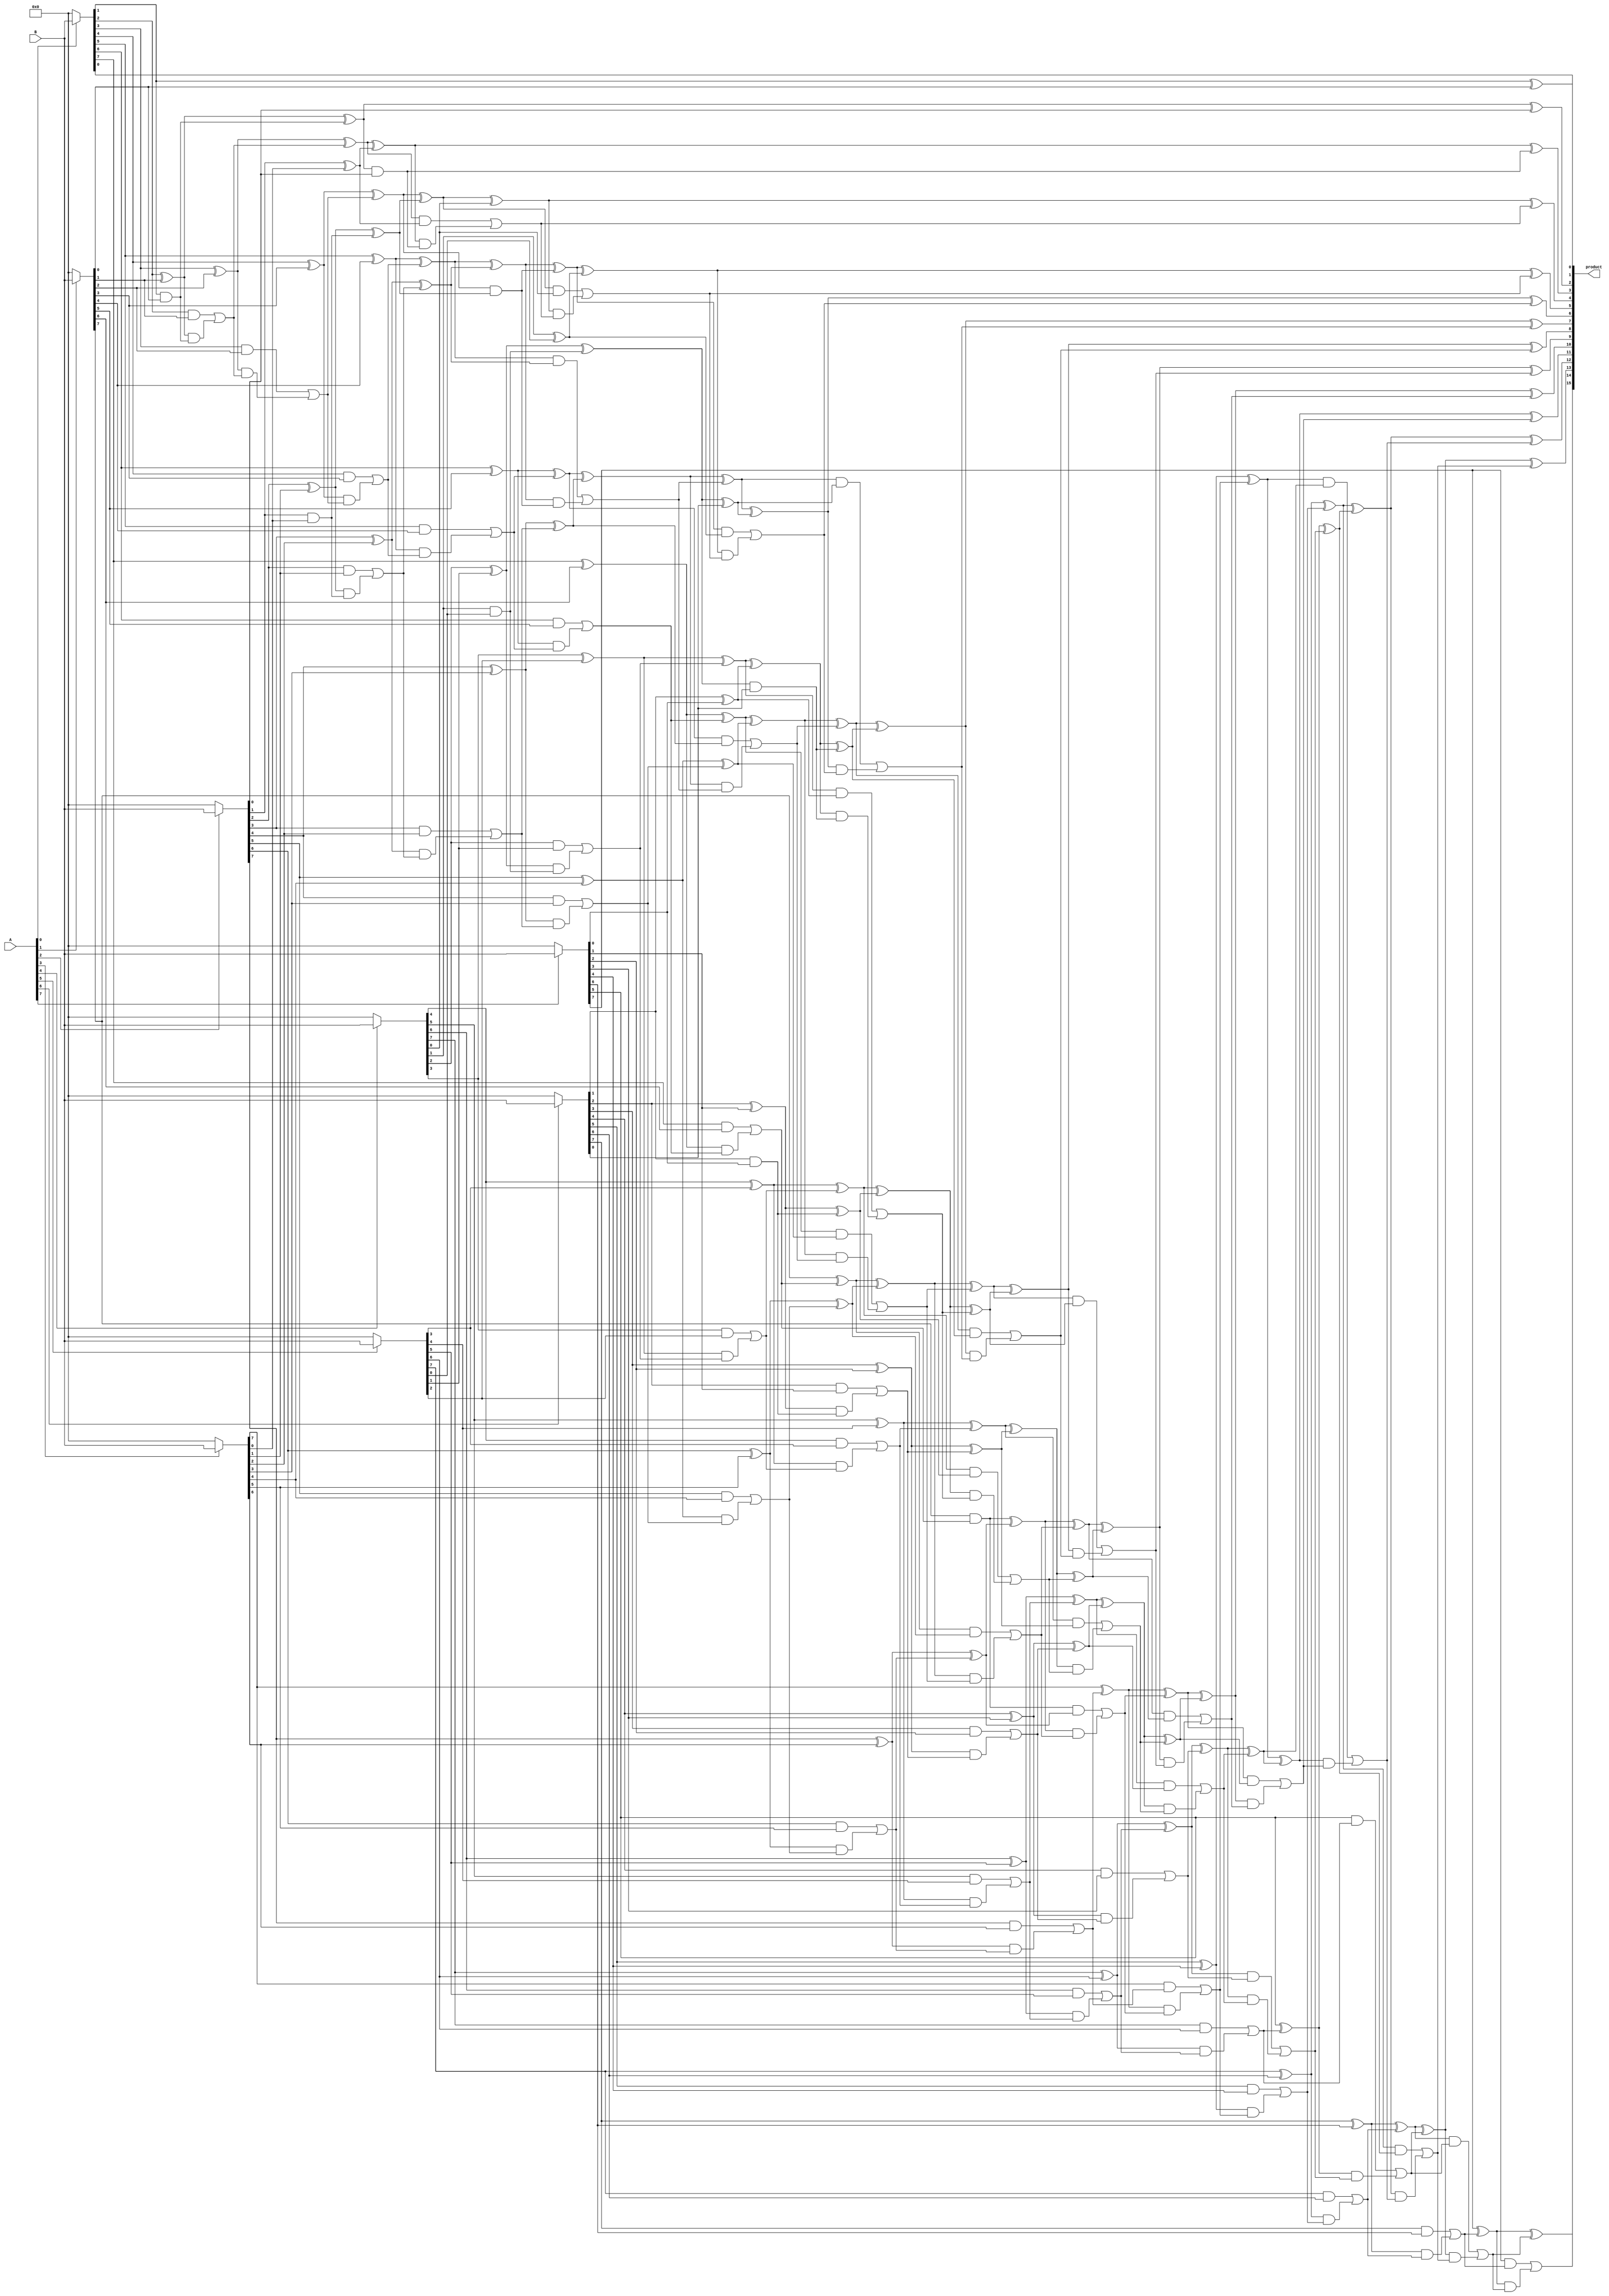
module russian_peasant_modified_unsigned_multiplier_8(product, A, B);
    /* This implementation uses carry look-ahead adders of variable lengths
     * that are 12-13 bits long, even for final stage. 
     * Area: 1069.065369
     * Power: 0.4808
     * Timing: 1.27 */

    input [7:0] A, B;
    output [15:0] product;

    wire [15:0] product;

    wire [7:0] pp0, pp1, pp2, pp3, pp4, pp5, pp6, pp7;
    assign pp0 = A[0] ? B : 8'b00000000;
    assign pp1 = A[1] ? B : 8'b00000000;
    assign pp2 = A[2] ? B : 8'b00000000;
    assign pp3 = A[3] ? B : 8'b00000000;
    assign pp4 = A[4] ? B : 8'b00000000;
    assign pp5 = A[5] ? B : 8'b00000000;
    assign pp6 = A[6] ? B : 8'b00000000;
    assign pp7 = A[7] ? B : 8'b00000000;

    assign product[0] = pp0[0];

    /* 1st CLA */
    wire [7:0] G1, P1, C1;
    assign G1[0] = pp0[1] & pp1[0];
    assign G1[1] = pp0[2] & pp1[1];
    assign G1[2] = pp0[3] & pp1[2];
    assign G1[3] = pp0[4] & pp1[3];
    assign G1[4] = pp0[5] & pp1[4];
    assign G1[5] = pp0[6] & pp1[5];
    assign G1[6] = pp0[7] & pp1[6];
    assign G1[7] = 0      & pp1[7];
    assign P1[0] = pp0[1] ^ pp1[0];
    assign P1[1] = pp0[2] ^ pp1[1];
    assign P1[2] = pp0[3] ^ pp1[2];
    assign P1[3] = pp0[4] ^ pp1[3];
    assign P1[4] = pp0[5] ^ pp1[4];
    assign P1[5] = pp0[6] ^ pp1[5];
    assign P1[6] = pp0[7] ^ pp1[6];
    assign P1[7] = 0      ^ pp1[7];
    assign C1[0] = 0;
    assign C1[1] = G1[0] | (P1[0] & C1[0]);
    assign C1[2] = G1[1] | (P1[1] & C1[1]);
    assign C1[3] = G1[2] | (P1[2] & C1[2]);
    assign C1[4] = G1[3] | (P1[3] & C1[3]);
    assign C1[5] = G1[4] | (P1[4] & C1[4]);
    assign C1[6] = G1[5] | (P1[5] & C1[5]);
    assign C1[7] = G1[6] | (P1[6] & C1[6]);
    assign c1    = G1[7] | (P1[7] & C1[7]);
    assign s11  = P1[0];
    assign s12  = P1[1] ^ C1[1];
    assign s13  = P1[2] ^ C1[2];
    assign s14  = P1[3] ^ C1[3];
    assign s15  = P1[4] ^ C1[4];
    assign s16  = P1[5] ^ C1[5];
    assign s17  = P1[6] ^ C1[6];
    assign s18  = P1[7] ^ C1[7];

    assign product[1] = s11;
    
    /* 2nd CLA */
    wire [6:0] G2, P2, C2;
    assign G2[0] = pp2[1] & pp3[0];
    assign G2[1] = pp2[2] & pp3[1];
    assign G2[2] = pp2[3] & pp3[2];
    assign G2[3] = pp2[4] & pp3[3];
    assign G2[4] = pp2[5] & pp3[4];
    assign G2[5] = pp2[6] & pp3[5];
    assign G2[6] = pp2[7] & pp3[6];
    assign P2[0] = pp2[1] ^ pp3[0];
    assign P2[1] = pp2[2] ^ pp3[1];
    assign P2[2] = pp2[3] ^ pp3[2];
    assign P2[3] = pp2[4] ^ pp3[3];
    assign P2[4] = pp2[5] ^ pp3[4];
    assign P2[5] = pp2[6] ^ pp3[5];
    assign P2[6] = pp2[7] ^ pp3[6];
    assign C2[0] = 0;
    assign C2[1] = G2[0] | (P2[0] & C2[0]);
    assign C2[2] = G2[1] | (P2[1] & C2[1]);
    assign C2[3] = G2[2] | (P2[2] & C2[2]);
    assign C2[4] = G2[3] | (P2[3] & C2[3]);
    assign C2[5] = G2[4] | (P2[4] & C2[4]);
    assign C2[6] = G2[5] | (P2[5] & C2[5]);
    assign c2    = G2[6] | (P2[6] & C2[6]);
    assign s21   = P2[0];
    assign s22   = P2[1] ^ C2[1];
    assign s23   = P2[2] ^ C2[2];
    assign s24   = P2[3] ^ C2[3];
    assign s25   = P2[4] ^ C2[4];
    assign s26   = P2[5] ^ C2[5];
    assign s27   = P2[6] ^ C2[6];

    /* 3rd CLA */
    wire [6:0] G3, P3, C3;
    assign G3[0] = pp4[1] & pp5[0];
    assign G3[1] = pp4[2] & pp5[1];
    assign G3[2] = pp4[3] & pp5[2];
    assign G3[3] = pp4[4] & pp5[3];
    assign G3[4] = pp4[5] & pp5[4];
    assign G3[5] = pp4[6] & pp5[5];
    assign G3[6] = pp4[7] & pp5[6];
    assign P3[0] = pp4[1] ^ pp5[0];
    assign P3[1] = pp4[2] ^ pp5[1];
    assign P3[2] = pp4[3] ^ pp5[2];
    assign P3[3] = pp4[4] ^ pp5[3];
    assign P3[4] = pp4[5] ^ pp5[4];
    assign P3[5] = pp4[6] ^ pp5[5];
    assign P3[6] = pp4[7] ^ pp5[6];
    assign C3[0] = 0;
    assign C3[1] = G3[0] | (P3[0] & C3[0]);
    assign C3[2] = G3[1] | (P3[1] & C3[1]);
    assign C3[3] = G3[2] | (P3[2] & C3[2]);
    assign C3[4] = G3[3] | (P3[3] & C3[3]);
    assign C3[5] = G3[4] | (P3[4] & C3[4]);
    assign C3[6] = G3[5] | (P3[5] & C3[5]);
    assign c3    = G3[6] | (P3[6] & C3[6]);
    assign s31   = P3[0];
    assign s32   = P3[1] ^ C3[1];
    assign s33   = P3[2] ^ C3[2];
    assign s34   = P3[3] ^ C3[3];
    assign s35   = P3[4] ^ C3[4];
    assign s36   = P3[5] ^ C3[5];
    assign s37   = P3[6] ^ C3[6];

    /* 4th CLA */
    wire [3:0] G4, P4, C4;
    assign G4[0] = pp6[1] & pp7[0];
    assign G4[1] = pp6[2] & pp7[1];
    assign G4[2] = pp6[3] & pp7[2];
    assign G4[3] = pp6[4] & pp7[3];
    assign P4[0] = pp6[1] ^ pp7[0];
    assign P4[1] = pp6[2] ^ pp7[1];
    assign P4[2] = pp6[3] ^ pp7[2];
    assign P4[3] = pp6[4] ^ pp7[3];
    assign C4[0] = 0;
    assign C4[1] = G4[0] | (P4[0] & C4[0]);
    assign C4[2] = G4[1] | (P4[1] & C4[1]);
    assign C4[3] = G4[2] | (P4[2] & C4[2]);
    assign c4    = G4[3] | (P4[3] & C4[3]);
    assign s41   = P4[0];
    assign s42   = P4[1] ^ C4[1];
    assign s43   = P4[2] ^ C4[2];
    assign s44   = P4[3] ^ C4[3];

    /* 5th CLA */
    wire [9:0] G5, P5, C5;
    assign G5[0] = s14    & s22;
    assign G5[1] = s15    & s23;
    assign G5[2] = s16    & s24;
    assign G5[3] = s17    & s25;
    assign G5[4] = s18    & s26;
    assign G5[5] = c1     & s27;
    assign G5[6] = pp3[7] & c2;
    assign G5[7] = pp6[5] & pp7[4];
    assign G5[8] = pp5[7] & pp6[6];
    assign G5[9] = pp6[7] & pp7[6];
    assign P5[0] = s14    ^ s22;
    assign P5[1] = s15    ^ s23;
    assign P5[2] = s16    ^ s24;
    assign P5[3] = s17    ^ s25;
    assign P5[4] = s18    ^ s26;
    assign P5[5] = c1     ^ s27;
    assign P5[6] = pp3[7] ^ c2;
    assign P5[7] = pp6[5] ^ pp7[4];
    assign P5[8] = pp5[7] ^ pp6[6];
    assign P5[9] = pp6[7] ^ pp7[6];
    assign C5[0] = 0;
    assign C5[1] = G5[0] | (P5[0] & C5[0]);
    assign C5[2] = G5[1] | (P5[1] & C5[1]);
    assign C5[3] = G5[2] | (P5[2] & C5[2]);
    assign C5[4] = G5[3] | (P5[3] & C5[3]);
    assign C5[5] = G5[4] | (P5[4] & C5[4]);
    assign C5[6] = G5[5] | (P5[5] & C5[5]);
    assign C5[7] = G5[6] | (P5[6] & C5[6]);
    assign C5[8] = G5[7] | (P5[7] & C5[7]);
    assign C5[9] = G5[8] | (P5[8] & C5[8]);
    assign c5    = G5[9] | (P5[9] & C5[9]);
    assign s51   = P5[0];
    assign s52   = P5[1] ^ C5[1];
    assign s53   = P5[2] ^ C5[2];
    assign s54   = P5[3] ^ C5[3];
    assign s55   = P5[4] ^ C5[4];
    assign s56   = P5[5] ^ C5[5];
    assign s57   = P5[6] ^ C5[6];
    assign s58   = P5[7] ^ C5[7];
    assign s59   = P5[8] ^ C5[8];
    assign s510  = P5[9] ^ C5[9];

    /* 6th CLA */
    wire [6:0] G6, P6, C6;
    assign G6[0] = s32    & pp6[0];
    assign G6[1] = s33    & s41;
    assign G6[2] = s34    & s42;
    assign G6[3] = s35    & s43;
    assign G6[4] = s36    & s44;
    assign G6[5] = s37    & c4;
    assign G6[6] = pp7[5] & c3;
    assign P6[0] = s32    ^ pp6[0];
    assign P6[1] = s33    ^ s41;
    assign P6[2] = s34    ^ s42;
    assign P6[3] = s35    ^ s43;
    assign P6[4] = s36    ^ s44;
    assign P6[5] = s37    ^ c4;
    assign P6[6] = pp7[5] ^ c3;
    assign C6[0] = 0;
    assign C6[1] = G6[0] | (P6[0] & C6[0]);
    assign C6[2] = G6[1] | (P6[1] & C6[1]);
    assign C6[3] = G6[2] | (P6[2] & C6[2]);
    assign C6[4] = G6[3] | (P6[3] & C6[3]);
    assign C6[5] = G6[4] | (P6[4] & C6[4]);
    assign C6[6] = G6[5] | (P6[5] & C6[5]);
    assign c6    = G6[6] | (P6[6] & C6[6]);
    assign s61   = P6[0];
    assign s62   = P6[1] ^ C6[1];
    assign s63   = P6[2] ^ C6[2];
    assign s64   = P6[3] ^ C6[3];
    assign s65   = P6[4] ^ C6[4];
    assign s66   = P6[5] ^ C6[5];
    assign s67   = P6[6] ^ C6[6];

    /* Final CLA */
    wire [12:0] G, P, C;
    assign G[0]  = s12    & pp2[0];
    assign G[1]  = s13    & s21;
    assign G[2]  = s51    & pp4[0];
    assign G[3]  = s52    & s31;
    assign G[4]  = s53    & s61;
    assign G[5]  = s54    & s62;
    assign G[6]  = s55    & s63;
    assign G[7]  = s56    & s64;
    assign G[8]  = s57    & s65;
    assign G[9]  = s58    & s66;
    assign G[10] = s59    & s67;
    assign G[11] = s510   & c6;
    assign G[12] = pp7[7] & c5;
    assign P[0]  = s12    ^ pp2[0];
    assign P[1]  = s13    ^ s21;
    assign P[2]  = s51    ^ pp4[0];
    assign P[3]  = s52    ^ s31;
    assign P[4]  = s53    ^ s61;
    assign P[5]  = s54    ^ s62;
    assign P[6]  = s55    ^ s63;
    assign P[7]  = s56    ^ s64;
    assign P[8]  = s57    ^ s65;
    assign P[9]  = s58    ^ s66;
    assign P[10] = s59    ^ s67;
    assign P[11] = s510   ^ c6;
    assign P[12] = pp7[7] ^ c5;
    assign C[0]  = 0;
    assign C[1]  = G[0]  | (P[0] & C[0]);
    assign C[2]  = G[1]  | (P[1] & C[1]);
    assign C[3]  = G[2]  | (P[2] & C[2]);
    assign C[4]  = G[3]  | (P[3] & C[3]);
    assign C[5]  = G[4]  | (P[4] & C[4]);
    assign C[6]  = G[5]  | (P[5] & C[5]);
    assign C[7]  = G[6]  | (P[6] & C[6]);
    assign C[8]  = G[7]  | (P[7] & C[7]);
    assign C[9]  = G[8]  | (P[8] & C[8]);
    assign C[10] = G[9]  | (P[9] & C[9]);
    assign C[11] = G[10] | (P[10] & C[10]);
    assign C[12] = G[11] | (P[11] & C[11]);
    assign product[15] = G[12] | (P[12] & C[12]);
    assign product[2]  = P[0];
    assign product[3]  = P[1]  ^ C[1];
    assign product[4]  = P[2]  ^ C[2];
    assign product[5]  = P[3]  ^ C[3];
    assign product[6]  = P[4]  ^ C[4];
    assign product[7]  = P[5]  ^ C[5];
    assign product[8]  = P[6]  ^ C[6];
    assign product[9]  = P[7]  ^ C[7];
    assign product[10] = P[8]  ^ C[8];
    assign product[11] = P[9]  ^ C[9];
    assign product[12] = P[10] ^ C[10];
    assign product[13] = P[11] ^ C[11];
    assign product[14] = P[12] ^ C[12];
endmodule

module russian_peasant_modified_unsigned_multiplier_8_attempt1(product, A, B);
    /* This implementation uses carry look-ahead adders of variable lengths
     * that are 12-13 bits long, even for final stage.
     * 1st stage is CLA, 2nd Stage is HAs and FAs. 
     * Area: 1068.126769
     * Power: 0.5093
     * Timing: 1.40 */

    input [7:0] A, B;
    output [15:0] product;

    wire [15:0] product;

    wire [7:0] pp0, pp1, pp2, pp3, pp4, pp5, pp6, pp7;
    assign pp0 = A[0] ? B : 8'b00000000;
    assign pp1 = A[1] ? B : 8'b00000000;
    assign pp2 = A[2] ? B : 8'b00000000;
    assign pp3 = A[3] ? B : 8'b00000000;
    assign pp4 = A[4] ? B : 8'b00000000;
    assign pp5 = A[5] ? B : 8'b00000000;
    assign pp6 = A[6] ? B : 8'b00000000;
    assign pp7 = A[7] ? B : 8'b00000000;

    assign product[0] = pp0[0];

    /* 1st CLA */
    wire [7:0] G1, P1, C1;
    assign G1[0] = pp0[1] & pp1[0];
    assign G1[1] = pp0[2] & pp1[1];
    assign G1[2] = pp0[3] & pp1[2];
    assign G1[3] = pp0[4] & pp1[3];
    assign G1[4] = pp0[5] & pp1[4];
    assign G1[5] = pp0[6] & pp1[5];
    assign G1[6] = pp0[7] & pp1[6];
    assign G1[7] = 0      & pp1[7];
    assign P1[0] = pp0[1] ^ pp1[0];
    assign P1[1] = pp0[2] ^ pp1[1];
    assign P1[2] = pp0[3] ^ pp1[2];
    assign P1[3] = pp0[4] ^ pp1[3];
    assign P1[4] = pp0[5] ^ pp1[4];
    assign P1[5] = pp0[6] ^ pp1[5];
    assign P1[6] = pp0[7] ^ pp1[6];
    assign P1[7] = 0      ^ pp1[7];
    assign C1[0] = 0;
    assign C1[1] = G1[0] | (P1[0] & C1[0]);
    assign C1[2] = G1[1] | (P1[1] & C1[1]);
    assign C1[3] = G1[2] | (P1[2] & C1[2]);
    assign C1[4] = G1[3] | (P1[3] & C1[3]);
    assign C1[5] = G1[4] | (P1[4] & C1[4]);
    assign C1[6] = G1[5] | (P1[5] & C1[5]);
    assign C1[7] = G1[6] | (P1[6] & C1[6]);
    assign c1    = G1[7] | (P1[7] & C1[7]);
    assign s11  = P1[0];
    assign s12  = P1[1] ^ C1[1];
    assign s13  = P1[2] ^ C1[2];
    assign s14  = P1[3] ^ C1[3];
    assign s15  = P1[4] ^ C1[4];
    assign s16  = P1[5] ^ C1[5];
    assign s17  = P1[6] ^ C1[6];
    assign s18  = P1[7] ^ C1[7];

    assign product[1] = s11;
    
    /* 2nd CLA */
    wire [6:0] G2, P2, C2;
    assign G2[0] = pp2[1] & pp3[0];
    assign G2[1] = pp2[2] & pp3[1];
    assign G2[2] = pp2[3] & pp3[2];
    assign G2[3] = pp2[4] & pp3[3];
    assign G2[4] = pp2[5] & pp3[4];
    assign G2[5] = pp2[6] & pp3[5];
    assign G2[6] = pp2[7] & pp3[6];
    assign P2[0] = pp2[1] ^ pp3[0];
    assign P2[1] = pp2[2] ^ pp3[1];
    assign P2[2] = pp2[3] ^ pp3[2];
    assign P2[3] = pp2[4] ^ pp3[3];
    assign P2[4] = pp2[5] ^ pp3[4];
    assign P2[5] = pp2[6] ^ pp3[5];
    assign P2[6] = pp2[7] ^ pp3[6];
    assign C2[0] = 0;
    assign C2[1] = G2[0] | (P2[0] & C2[0]);
    assign C2[2] = G2[1] | (P2[1] & C2[1]);
    assign C2[3] = G2[2] | (P2[2] & C2[2]);
    assign C2[4] = G2[3] | (P2[3] & C2[3]);
    assign C2[5] = G2[4] | (P2[4] & C2[4]);
    assign C2[6] = G2[5] | (P2[5] & C2[5]);
    assign c2    = G2[6] | (P2[6] & C2[6]);
    assign s21   = P2[0];
    assign s22   = P2[1] ^ C2[1];
    assign s23   = P2[2] ^ C2[2];
    assign s24   = P2[3] ^ C2[3];
    assign s25   = P2[4] ^ C2[4];
    assign s26   = P2[5] ^ C2[5];
    assign s27   = P2[6] ^ C2[6];

    /* 3rd CLA */
    wire [6:0] G3, P3, C3;
    assign G3[0] = pp4[1] & pp5[0];
    assign G3[1] = pp4[2] & pp5[1];
    assign G3[2] = pp4[3] & pp5[2];
    assign G3[3] = pp4[4] & pp5[3];
    assign G3[4] = pp4[5] & pp5[4];
    assign G3[5] = pp4[6] & pp5[5];
    assign G3[6] = pp4[7] & pp5[6];
    assign P3[0] = pp4[1] ^ pp5[0];
    assign P3[1] = pp4[2] ^ pp5[1];
    assign P3[2] = pp4[3] ^ pp5[2];
    assign P3[3] = pp4[4] ^ pp5[3];
    assign P3[4] = pp4[5] ^ pp5[4];
    assign P3[5] = pp4[6] ^ pp5[5];
    assign P3[6] = pp4[7] ^ pp5[6];
    assign C3[0] = 0;
    assign C3[1] = G3[0] | (P3[0] & C3[0]);
    assign C3[2] = G3[1] | (P3[1] & C3[1]);
    assign C3[3] = G3[2] | (P3[2] & C3[2]);
    assign C3[4] = G3[3] | (P3[3] & C3[3]);
    assign C3[5] = G3[4] | (P3[4] & C3[4]);
    assign C3[6] = G3[5] | (P3[5] & C3[5]);
    assign c3    = G3[6] | (P3[6] & C3[6]);
    assign s31   = P3[0];
    assign s32   = P3[1] ^ C3[1];
    assign s33   = P3[2] ^ C3[2];
    assign s34   = P3[3] ^ C3[3];
    assign s35   = P3[4] ^ C3[4];
    assign s36   = P3[5] ^ C3[5];
    assign s37   = P3[6] ^ C3[6];

    /* 4th CLA */
    wire [3:0] G4, P4, C4;
    assign G4[0] = pp6[1] & pp7[0];
    assign G4[1] = pp6[2] & pp7[1];
    assign G4[2] = pp6[3] & pp7[2];
    assign G4[3] = pp6[4] & pp7[3];
    assign P4[0] = pp6[1] ^ pp7[0];
    assign P4[1] = pp6[2] ^ pp7[1];
    assign P4[2] = pp6[3] ^ pp7[2];
    assign P4[3] = pp6[4] ^ pp7[3];
    assign C4[0] = 0;
    assign C4[1] = G4[0] | (P4[0] & C4[0]);
    assign C4[2] = G4[1] | (P4[1] & C4[1]);
    assign C4[3] = G4[2] | (P4[2] & C4[2]);
    assign c4    = G4[3] | (P4[3] & C4[3]);
    assign s41   = P4[0];
    assign s42   = P4[1] ^ C4[1];
    assign s43   = P4[2] ^ C4[2];
    assign s44   = P4[3] ^ C4[3];

    /* 5th CLA */
    wire [8:0] G5, P5, C5;
    assign G5[0] = s14    & s22;
    assign G5[1] = s15    & s23;
    assign G5[2] = s16    & s24;
    assign G5[3] = s17    & s25;
    assign G5[4] = s18    & s26;
    assign G5[5] = c1     & s27;
    assign G5[6] = pp3[7] & c2;
    assign G5[7] = pp6[5] & pp7[4];
    assign G5[8] = pp5[7] & pp6[6];
    assign P5[0] = s14    ^ s22;
    assign P5[1] = s15    ^ s23;
    assign P5[2] = s16    ^ s24;
    assign P5[3] = s17    ^ s25;
    assign P5[4] = s18    ^ s26;
    assign P5[5] = c1     ^ s27;
    assign P5[6] = pp3[7] ^ c2;
    assign P5[7] = pp6[5] ^ pp7[4];
    assign P5[8] = pp5[7] ^ pp6[6];
    assign C5[0] = pp4[0];
    assign C5[1] = G5[0] | (P5[0] & C5[0]);
    assign C5[2] = G5[1] | (P5[1] & C5[1]);
    assign C5[3] = G5[2] | (P5[2] & C5[2]);
    assign C5[4] = G5[3] | (P5[3] & C5[3]);
    assign C5[5] = G5[4] | (P5[4] & C5[4]);
    assign C5[6] = G5[5] | (P5[5] & C5[5]);
    assign C5[7] = G5[6] | (P5[6] & C5[6]);
    assign C5[8] = G5[7] | (P5[7] & C5[7]);
    assign c5    = G5[8] | (P5[8] & C5[8]);
    assign s51   = P5[0] ^ C5[0];
    assign s52   = P5[1] ^ C5[1];
    assign s53   = P5[2] ^ C5[2];
    assign s54   = P5[3] ^ C5[3];
    assign s55   = P5[4] ^ C5[4];
    assign s56   = P5[5] ^ C5[5];
    assign s57   = P5[6] ^ C5[6];
    assign s58   = P5[7] ^ C5[7];
    assign s59   = P5[8] ^ C5[8];

    full_adder fa01(sA, cA, s53, s32,    pp6[0]);
    full_adder fa02(sB, cB, s54, s33,    s41);
    full_adder fa03(sC, cC, s55, s34,    s42);
    full_adder fa04(sD, cD, s56, s35,    s43);
    full_adder fa05(sE, cE, s57, s36,    s44);
    full_adder fa06(sF, cF, s58, s37,    c4);
    full_adder fa07(sG, cG, s59, pp7[5], c3);
    full_adder fa08(sH, cH, c5,  pp6[7], pp7[6]);


    
    /* Final CLA */
    wire [12:0] G, P, C;
    assign G[0]  = s12    & pp2[0];
    assign G[1]  = s13    & s21;
    assign G[2]  = s51    & 0;
    assign G[3]  = s52    & s31;
    assign G[4]  = sA     & 0;
    assign G[5]  = sB     & cA;
    assign G[6]  = sC     & cB;
    assign G[7]  = sD     & cC;
    assign G[8]  = sE     & cD;
    assign G[9]  = sF     & cE;
    assign G[10] = sG     & cF;
    assign G[11] = sH     & cG;
    assign G[12] = pp7[7] & cH;
    assign P[0]  = s12    ^ pp2[0];
    assign P[1]  = s13    ^ s21;
    assign P[2]  = s51    ^ 0;
    assign P[3]  = s52    ^ s31;
    assign P[4]  = sA     ^ 0;
    assign P[5]  = sB     ^ cA;
    assign P[6]  = sC     ^ cB;
    assign P[7]  = sD     ^ cC;
    assign P[8]  = sE     ^ cD;
    assign P[9]  = sF     ^ cE;
    assign P[10] = sG     ^ cF;
    assign P[11] = sH     ^ cG;
    assign P[12] = pp7[7] ^ cH;
   
    assign C[0]  = 0;
    assign C[1]  = G[0]  | (P[0] & C[0]);
    assign C[2]  = G[1]  | (P[1] & C[1]);
    assign C[3]  = G[2]  | (P[2] & C[2]);
    assign C[4]  = G[3]  | (P[3] & C[3]);
    assign C[5]  = G[4]  | (P[4] & C[4]);
    assign C[6]  = G[5]  | (P[5] & C[5]);
    assign C[7]  = G[6]  | (P[6] & C[6]);
    assign C[8]  = G[7]  | (P[7] & C[7]);
    assign C[9]  = G[8]  | (P[8] & C[8]);
    assign C[10] = G[9]  | (P[9] & C[9]);
    assign C[11] = G[10] | (P[10] & C[10]);
    assign C[12] = G[11] | (P[11] & C[11]);
    assign product[15] = G[12] | (P[12] & C[12]);
    assign product[2]  = P[0];
    assign product[3]  = P[1]  ^ C[1];
    assign product[4]  = P[2]  ^ C[2];
    assign product[5]  = P[3]  ^ C[3];
    assign product[6]  = P[4]  ^ C[4];
    assign product[7]  = P[5]  ^ C[5];
    assign product[8]  = P[6]  ^ C[6];
    assign product[9]  = P[7]  ^ C[7];
    assign product[10] = P[8]  ^ C[8];
    assign product[11] = P[9]  ^ C[9];
    assign product[12] = P[10] ^ C[10];
    assign product[13] = P[11] ^ C[11];
    assign product[14] = P[12] ^ C[12];
endmodule

module russian_peasant_modified_unsigned_multiplier_8_attempt2(product, A, B);
    /* This implementation uses carry look-ahead adders of variable lengths
     * that are 12-13 bits long. First stage is long CLA, followed by FAs and
     * HAs, and then 3rd stage is also FAs and HAs. Final Stage is CLA 13 bits
     * Area: 1070.94
     * Power: 0.5230
     * Timing: 1.46 */

    input [7:0] A, B;
    output [15:0] product;

    wire [15:0] product;

    wire [7:0] pp0, pp1, pp2, pp3, pp4, pp5, pp6, pp7;
    assign pp0 = A[0] ? B : 8'b00000000;
    assign pp1 = A[1] ? B : 8'b00000000;
    assign pp2 = A[2] ? B : 8'b00000000;
    assign pp3 = A[3] ? B : 8'b00000000;
    assign pp4 = A[4] ? B : 8'b00000000;
    assign pp5 = A[5] ? B : 8'b00000000;
    assign pp6 = A[6] ? B : 8'b00000000;
    assign pp7 = A[7] ? B : 8'b00000000;

    assign product[0] = pp0[0];

    /* 1st CLA */
    wire [7:0] G1, P1, C1;
    assign G1[0] = pp0[1] & pp1[0];
    assign G1[1] = pp0[2] & pp1[1];
    assign G1[2] = pp0[3] & pp1[2];
    assign G1[3] = pp0[4] & pp1[3];
    assign G1[4] = pp0[5] & pp1[4];
    assign G1[5] = pp0[6] & pp1[5];
    assign G1[6] = pp0[7] & pp1[6];
    assign G1[7] = 0      & pp1[7];
    assign P1[0] = pp0[1] ^ pp1[0];
    assign P1[1] = pp0[2] ^ pp1[1];
    assign P1[2] = pp0[3] ^ pp1[2];
    assign P1[3] = pp0[4] ^ pp1[3];
    assign P1[4] = pp0[5] ^ pp1[4];
    assign P1[5] = pp0[6] ^ pp1[5];
    assign P1[6] = pp0[7] ^ pp1[6];
    assign P1[7] = 0      ^ pp1[7];
    assign C1[0] = 0;
    assign C1[1] = G1[0] | (P1[0] & C1[0]);
    assign C1[2] = G1[1] | (P1[1] & C1[1]);
    assign C1[3] = G1[2] | (P1[2] & C1[2]);
    assign C1[4] = G1[3] | (P1[3] & C1[3]);
    assign C1[5] = G1[4] | (P1[4] & C1[4]);
    assign C1[6] = G1[5] | (P1[5] & C1[5]);
    assign C1[7] = G1[6] | (P1[6] & C1[6]);
    assign c1    = G1[7] | (P1[7] & C1[7]);
    assign s11  = P1[0];
    assign s12  = P1[1] ^ C1[1];
    assign s13  = P1[2] ^ C1[2];
    assign s14  = P1[3] ^ C1[3];
    assign s15  = P1[4] ^ C1[4];
    assign s16  = P1[5] ^ C1[5];
    assign s17  = P1[6] ^ C1[6];
    assign s18  = P1[7] ^ C1[7];

    assign product[1] = s11;
    
    /* 2nd CLA */
    wire [6:0] G2, P2, C2;
    assign G2[0] = pp2[1] & pp3[0];
    assign G2[1] = pp2[2] & pp3[1];
    assign G2[2] = pp2[3] & pp3[2];
    assign G2[3] = pp2[4] & pp3[3];
    assign G2[4] = pp2[5] & pp3[4];
    assign G2[5] = pp2[6] & pp3[5];
    assign G2[6] = pp2[7] & pp3[6];
    assign P2[0] = pp2[1] ^ pp3[0];
    assign P2[1] = pp2[2] ^ pp3[1];
    assign P2[2] = pp2[3] ^ pp3[2];
    assign P2[3] = pp2[4] ^ pp3[3];
    assign P2[4] = pp2[5] ^ pp3[4];
    assign P2[5] = pp2[6] ^ pp3[5];
    assign P2[6] = pp2[7] ^ pp3[6];
    assign C2[0] = 0;
    assign C2[1] = G2[0] | (P2[0] & C2[0]);
    assign C2[2] = G2[1] | (P2[1] & C2[1]);
    assign C2[3] = G2[2] | (P2[2] & C2[2]);
    assign C2[4] = G2[3] | (P2[3] & C2[3]);
    assign C2[5] = G2[4] | (P2[4] & C2[4]);
    assign C2[6] = G2[5] | (P2[5] & C2[5]);
    assign c2    = G2[6] | (P2[6] & C2[6]);
    assign s21   = P2[0];
    assign s22   = P2[1] ^ C2[1];
    assign s23   = P2[2] ^ C2[2];
    assign s24   = P2[3] ^ C2[3];
    assign s25   = P2[4] ^ C2[4];
    assign s26   = P2[5] ^ C2[5];
    assign s27   = P2[6] ^ C2[6];

    /* 3rd CLA */
    wire [6:0] G3, P3, C3;
    assign G3[0] = pp4[1] & pp5[0];
    assign G3[1] = pp4[2] & pp5[1];
    assign G3[2] = pp4[3] & pp5[2];
    assign G3[3] = pp4[4] & pp5[3];
    assign G3[4] = pp4[5] & pp5[4];
    assign G3[5] = pp4[6] & pp5[5];
    assign G3[6] = pp4[7] & pp5[6];
    assign P3[0] = pp4[1] ^ pp5[0];
    assign P3[1] = pp4[2] ^ pp5[1];
    assign P3[2] = pp4[3] ^ pp5[2];
    assign P3[3] = pp4[4] ^ pp5[3];
    assign P3[4] = pp4[5] ^ pp5[4];
    assign P3[5] = pp4[6] ^ pp5[5];
    assign P3[6] = pp4[7] ^ pp5[6];
    assign C3[0] = 0;
    assign C3[1] = G3[0] | (P3[0] & C3[0]);
    assign C3[2] = G3[1] | (P3[1] & C3[1]);
    assign C3[3] = G3[2] | (P3[2] & C3[2]);
    assign C3[4] = G3[3] | (P3[3] & C3[3]);
    assign C3[5] = G3[4] | (P3[4] & C3[4]);
    assign C3[6] = G3[5] | (P3[5] & C3[5]);
    assign c3    = G3[6] | (P3[6] & C3[6]);
    assign s31   = P3[0];
    assign s32   = P3[1] ^ C3[1];
    assign s33   = P3[2] ^ C3[2];
    assign s34   = P3[3] ^ C3[3];
    assign s35   = P3[4] ^ C3[4];
    assign s36   = P3[5] ^ C3[5];
    assign s37   = P3[6] ^ C3[6];

    /* 4th CLA */
    wire [3:0] G4, P4, C4;
    assign G4[0] = pp6[1] & pp7[0];
    assign G4[1] = pp6[2] & pp7[1];
    assign G4[2] = pp6[3] & pp7[2];
    assign G4[3] = pp6[4] & pp7[3];
    assign P4[0] = pp6[1] ^ pp7[0];
    assign P4[1] = pp6[2] ^ pp7[1];
    assign P4[2] = pp6[3] ^ pp7[2];
    assign P4[3] = pp6[4] ^ pp7[3];
    assign C4[0] = 0;
    assign C4[1] = G4[0] | (P4[0] & C4[0]);
    assign C4[2] = G4[1] | (P4[1] & C4[1]);
    assign C4[3] = G4[2] | (P4[2] & C4[2]);
    assign c4    = G4[3] | (P4[3] & C4[3]);
    assign s41   = P4[0];
    assign s42   = P4[1] ^ C4[1];
    assign s43   = P4[2] ^ C4[2];
    assign s44   = P4[3] ^ C4[3];

    full_adder FA01(sA, cA, s14,    s22,    pp4[0]);
    full_adder FA02(sB, cB, s15,    s23,    s31);
    full_adder FA03(sC, cC, s16,    s24,    s32);
    full_adder FA04(sD, cD, s17,    s25,    s33);
    full_adder FA05(sE, cE, s18,    s26,    s34);
    full_adder FA06(sF, cF, c1,     s27,    s35);
    full_adder FA07(sG, cG, pp3[7], c2,     s36);
    full_adder FA08(sH, cH, pp6[5], pp7[4], s37);
    full_adder FA09(sI, cI, pp5[7], pp6[6], pp7[5]);

    full_adder FA10(sJ, cJ, sC,     cB, pp6[0]);
    full_adder FA11(sK, cK, sD,     cC, s41);
    full_adder FA12(sL, cL, sE,     cD, s42);
    full_adder FA13(sM, cM, sF,     cE, s43);
    full_adder FA14(sN, cN, sG,     cF, s44);
    full_adder FA15(sO, cO, sH,     cG, c4);
    full_adder FA16(sP, cP, sI,     cH, c3);
    full_adder FA17(sQ, cQ, pp7[7], cI, pp7[6]);

    /* Final CLA */
    wire [12:0] G, P, C;
    assign G[0]  = s12   & pp2[0];    
    assign G[1]  = s13   & s21;
    assign G[2]  = sA    & 0;
    assign G[3]  = sB    & cA;
    assign G[4]  = sJ    & 0;
    assign G[5]  = sK    & cJ;
    assign G[6]  = sL    & cK;
    assign G[7]  = sM    & cL;
    assign G[8]  = sN    & cM;
    assign G[9]  = sO    & cN;
    assign G[10] = sP    & cO;
    assign G[11] = sQ    & cP;
    assign G[12] = pp7[7]& cQ;
    assign P[0]  = s12   ^ pp2[0];
    assign P[1]  = s13   ^ s21;
    assign P[2]  = sA    ^ 0;
    assign P[3]  = sB    ^ cA;
    assign P[4]  = sJ    ^ 0;
    assign P[5]  = sK    ^ cJ;
    assign P[6]  = sL    ^ cK;
    assign P[7]  = sM    ^ cL;
    assign P[8]  = sN    ^ cM;
    assign P[9]  = sO    ^ cN;
    assign P[10] = sP    ^ cO;
    assign P[11] = sQ    ^ cP;
    assign P[12] = pp7[7]^ cQ;
    assign C[0]  = 0;
    assign C[1]  = G[0]  | (P[0] & C[0]);
    assign C[2]  = G[1]  | (P[1] & C[1]);
    assign C[3]  = G[2]  | (P[2] & C[2]);
    assign C[4]  = G[3]  | (P[3] & C[3]);
    assign C[5]  = G[4]  | (P[4] & C[4]);
    assign C[6]  = G[5]  | (P[5] & C[5]);
    assign C[7]  = G[6]  | (P[6] & C[6]);
    assign C[8]  = G[7]  | (P[7] & C[7]);
    assign C[9]  = G[8]  | (P[8] & C[8]);
    assign C[10] = G[9]  | (P[9] & C[9]);
    assign C[11] = G[10] | (P[10] & C[10]);
    assign C[12] = G[11] | (P[11] & C[11]);
    assign product[15] = G[12] | (P[12] & C[12]);
    assign product[2]  = P[0];
    assign product[3]  = P[1]  ^ C[1];
    assign product[4]  = P[2]  ^ C[2];
    assign product[5]  = P[3]  ^ C[3];
    assign product[6]  = P[4]  ^ C[4];
    assign product[7]  = P[5]  ^ C[5];
    assign product[8]  = P[6]  ^ C[6];
    assign product[9]  = P[7]  ^ C[7];
    assign product[10] = P[8]  ^ C[8];
    assign product[11] = P[9]  ^ C[9];
    assign product[12] = P[10] ^ C[10];
    assign product[13] = P[11] ^ C[11];
    assign product[14] = P[12] ^ C[12];
endmodule



module CLA7_c(output [6:0] sum,
            output cout,
            input [6:0] in1, in2,
            input cin);
  wire [6:0] G; /* Generate */
  wire [6:0] P; /* Propagate */
  wire [6:0] C; /* Carry */

  assign G[0] = in1[6] & in2[6]; /*Generate    Gi = Ai * Bi */
  assign G[1] = in1[5] & in2[5];
  assign G[2] = in1[4] & in2[4];
  assign G[3] = in1[3] & in2[3];
  assign G[4] = in1[2] & in2[2];
  assign G[5] = in1[1] & in2[1];
  assign G[6] = in1[0] & in2[0];

  assign P[0] = in1[6] ^ in2[6]; /*Propagate   Pi = Ai + Bi */
  assign P[1] = in1[5] ^ in2[5];
  assign P[2] = in1[4] ^ in2[4];
  assign P[3] = in1[3] ^ in2[3];
  assign P[4] = in1[2] ^ in2[2];
  assign P[5] = in1[1] ^ in2[1];
  assign P[6] = in1[0] ^ in2[0];

  assign C[0] = cin;  /* Carry_out = Ci+1 = Gi + Pi*Ci */
  assign C[1] = G[0] | (P[0] & C[0]);
  assign C[2] = G[1] | (P[1] & C[1]);
  assign C[3] = G[2] | (P[2] & C[2]);
  assign C[4] = G[3] | (P[3] & C[3]);
  assign C[5] = G[4] | (P[4] & C[4]);
  assign C[6] = G[5] | (P[5] & C[5]);
  assign cout = G[6] | (P[6] & C[6]);
  assign sum = P ^ C;
endmodule

module CLA7(output [6:0] sum,
            output cout,
            input [6:0] in1, in2);
  wire [6:0] G; /* Generate */
  wire [6:0] P; /* Propagate */
  wire [6:0] C; /* Carry */

  assign G[0] = in1[6] & in2[6]; /*Generate    Gi = Ai * Bi */
  assign G[1] = in1[5] & in2[5];
  assign G[2] = in1[4] & in2[4];
  assign G[3] = in1[3] & in2[3];
  assign G[4] = in1[2] & in2[2];
  assign G[5] = in1[1] & in2[1];
  assign G[6] = in1[0] & in2[0];

  assign P[0] = in1[6] ^ in2[6]; /*Propagate   Pi = Ai + Bi */
  assign P[1] = in1[5] ^ in2[5];
  assign P[2] = in1[4] ^ in2[4];
  assign P[3] = in1[3] ^ in2[3];
  assign P[4] = in1[2] ^ in2[2];
  assign P[5] = in1[1] ^ in2[1];
  assign P[6] = in1[0] ^ in2[0];

  assign C[0] = 0;  /* Carry_out = Ci+1 = Gi + Pi*Ci */
  assign C[1] = G[0] | (P[0] & C[0]);
  assign C[2] = G[1] | (P[1] & C[1]);
  assign C[3] = G[2] | (P[2] & C[2]);
  assign C[4] = G[3] | (P[3] & C[3]);
  assign C[5] = G[4] | (P[4] & C[4]);
  assign C[6] = G[5] | (P[5] & C[5]);
  assign cout = G[6] | (P[6] & C[6]);
  assign sum = P ^ C;
endmodule


module half_adder(output wire sum,
                  output wire cout,
                  input wire in1,
                  input wire in2);
    xor(sum, in1, in2);
    and(cout, in1, in2);
endmodule

module full_adder(output wire sum,
                  output wire cout,
                  input wire in1,
                  input wire in2,
                  input wire cin);
    wire temp1;
    wire temp2;
    wire temp3;
    xor(sum, in1, in2, cin);
    and(temp1,in1,in2);
    and(temp2,in1,cin);
    and(temp3,in2,cin);
    or(cout,temp1,temp2,temp3);
endmodule